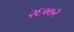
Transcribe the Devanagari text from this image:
२६०७२